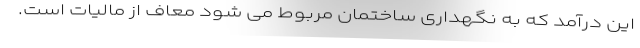
این درآمد که به نگهداری ساختمان مربوط می شود معاف از مالیات است.